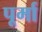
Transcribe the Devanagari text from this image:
पूर्मा